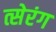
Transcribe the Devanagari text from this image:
त्सेरंग